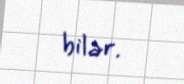
bilər.